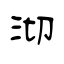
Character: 沏